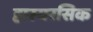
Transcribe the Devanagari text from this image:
हास्यरसिक